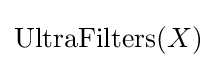
\operatorname {UltraFilters} (X)